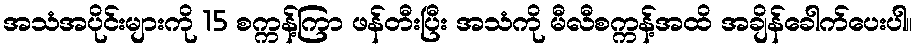
အသံအပိုင်းများကို 15 စက္ကန့်ကြာ ဖန်တီးပြီး အသံကို မီလီစက္ကန့်အထိ အချိန်ခေါက်ပေးပါ။